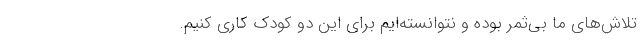
تلاش‌های ما بی‌ثمر بوده و نتوانسته‌ایم برای این دو کودک کاری کنیم.